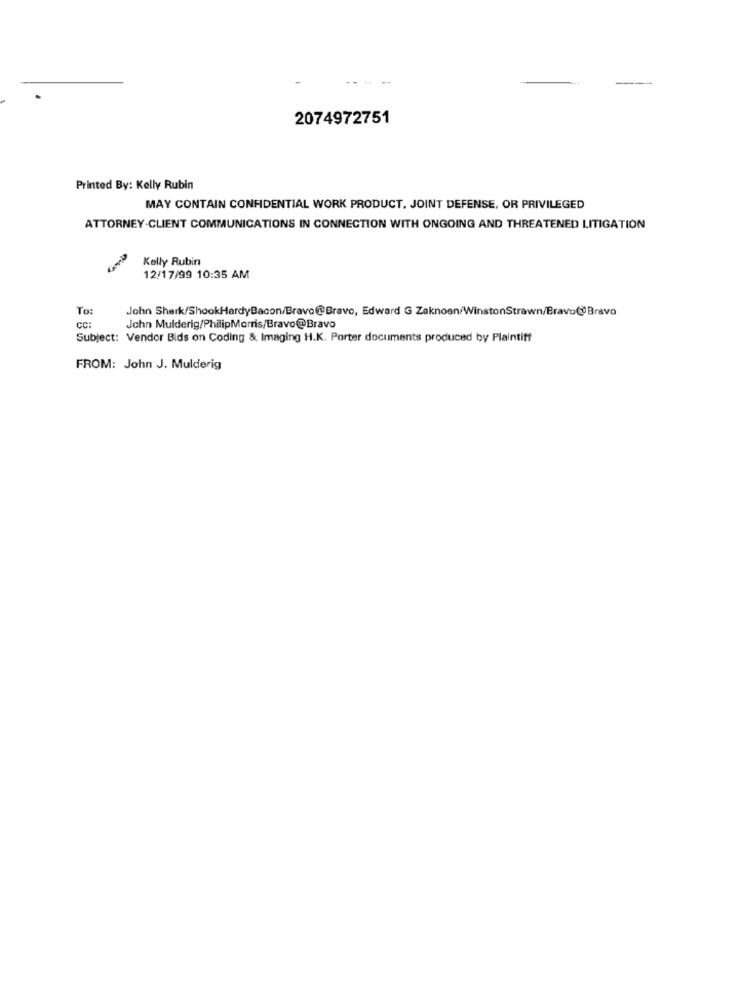
2074972751
Printed By: Kelly Rubin
MAY CONTAIN CONFIDENTIAL WORK PRODUCT. JOINT DEFENSE, OR PRIVILEGED
ATTORNEY-CLIENT COMMUNICATIONS IN CONNECTION WITH ONGOING AND THREATENED LITIGATION
Kelly Rubin
12/17/99 10:35 AM
To:
John Shark/ShookHardyBacon/Bravo@Bravo, Edward G Zaknoen/WinstonStrawn/Bravo@Bravo
cc:
John Mulderig/PhilipMorris/Bravo@Bravo
Subject: Vendor Bids on Coding & Imaging H.K. Porter documents produced by Plaintiff
FROM: John J. Mulderig